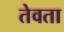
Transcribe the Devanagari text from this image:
तेवता